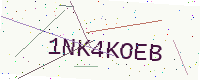
Text: 1NK4KOEB